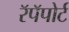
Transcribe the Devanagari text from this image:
रॅपॅपोर्ट